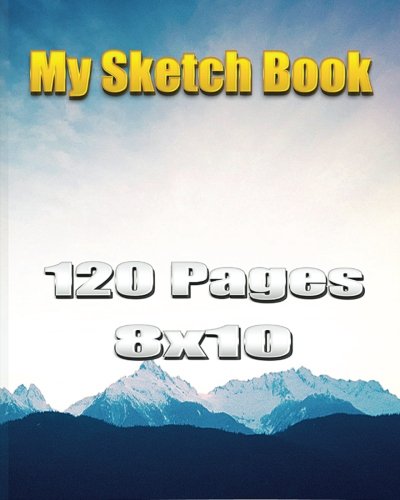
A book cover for My Sketch-Book; "Ske Inc142; Crafts, Hobbies & Home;